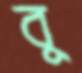
বু